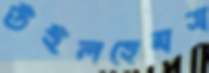
উইলহেমস